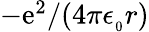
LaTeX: \textstyle-\mathrm{e}^{2}/(4\pi\epsilon_{_{0}}r)